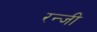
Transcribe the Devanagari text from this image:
रन्जी